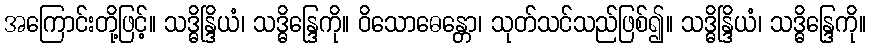
အကြောင်းတို့ဖြင့်။ သဒ္ဓိန္ဒြိယံ၊ သဒ္ဓိန္ဒြေကို။ ဝိသောဓေန္တော၊ သုတ်သင်သည်ဖြစ်၍။ သဒ္ဓိန္ဒြိယံ၊ သဒ္ဓိန္ဒြေကို။